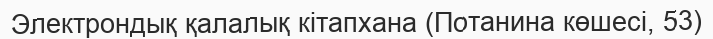
Электрондық қалалық кітапхана (Потанина көшесі, 53)